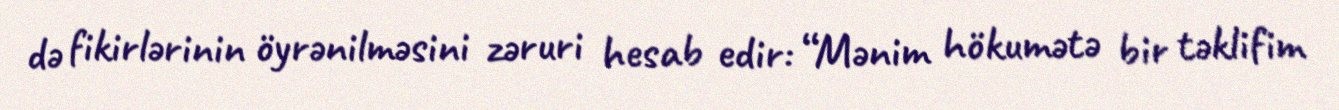
də fikirlərinin öyrənilməsini zəruri hesab edir: “Mənim hökumətə bir təklifim